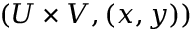
( U \times V , ( x , y ) )